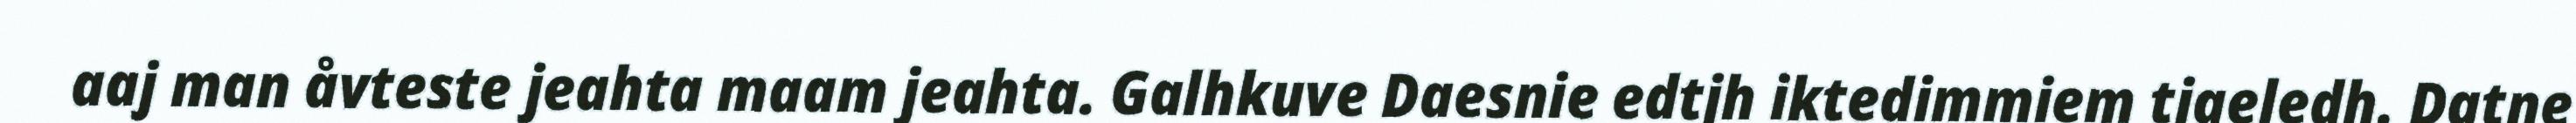
aaj man åvteste jeahta maam jeahta. Galhkuve Daesnie edtjh iktedimmiem tjaeledh. Datne